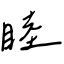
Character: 睦